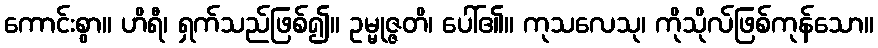
ကောင်းစွာ။ ဟိရီ၊ ရှက်သည်ဖြစ်၍။ ဥမ္မုဇ္ဇတိ၊ ပေါ်၏။ ကုသလေသု၊ ကိုသိုလ်ဖြစ်ကုန်သော။